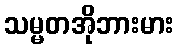
သမ္မတအိုဘားမား